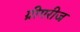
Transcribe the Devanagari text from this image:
ग्रीगरीज